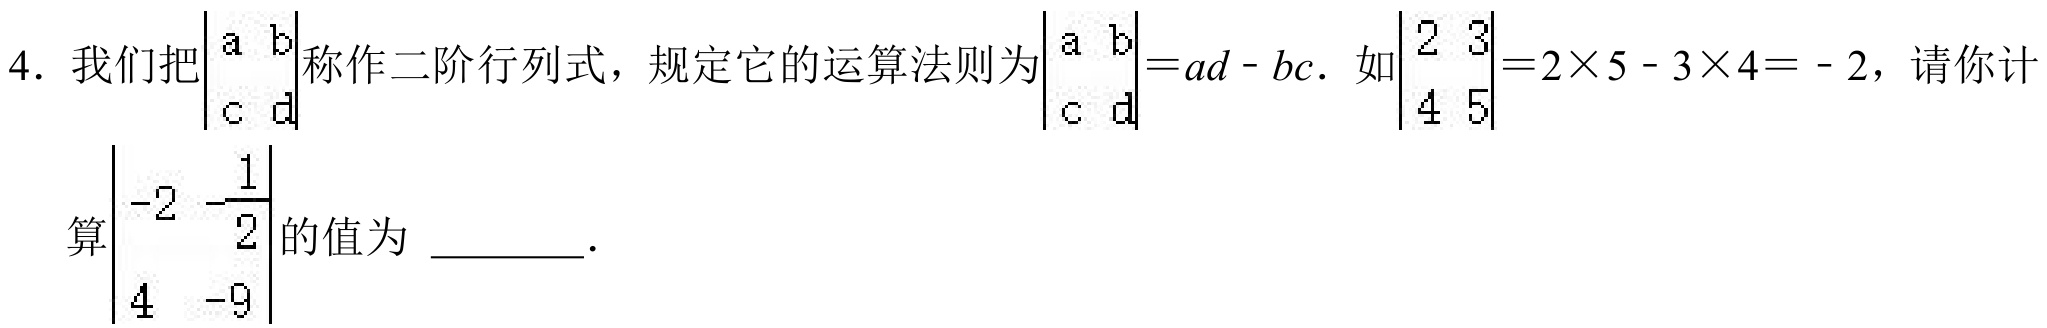
4. 我们把\(\begin{vmatrix}a&b\\c&d\end{vmatrix}\)称作二阶行列式，规定它的运算法则为\(\begin{vmatrix}a&b\\c&d\end{vmatrix}=ad - bc\). 如\(\begin{vmatrix}2&3\\4&5\end{vmatrix}=2\times5 - 3\times4 = - 2\)，请你计算\(\begin{vmatrix}-2&-\frac{1}{2}\\4&-9\end{vmatrix}\)的值为 \_\_\_\_\_。